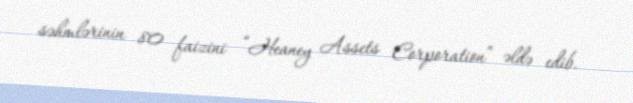
səhmlərinin 80 faizini “Heaney Assets Corporation” əldə edib.